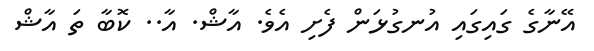
އޭނާގެ ގައިގައި އުނގުޅަން ފެށި އެވެ. އާޝް. އާ.. ކޮބާ ތަ އާޝް